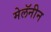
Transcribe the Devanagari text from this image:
मेलॅनीन